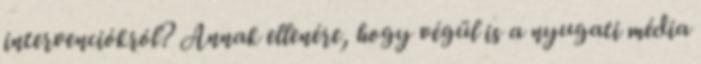
intervenciókról? Annak ellenére, hogy végül is a nyugati média